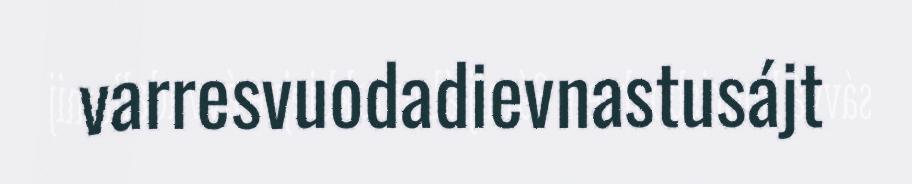
varresvuodadievnastusájt